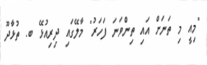
"މިއީ މި ތަނަށް އައި ތިންވަނަ ފަހަރު" މާލޭގައި ދިރިއުޅޭ ބ. ތުޅާދޫ